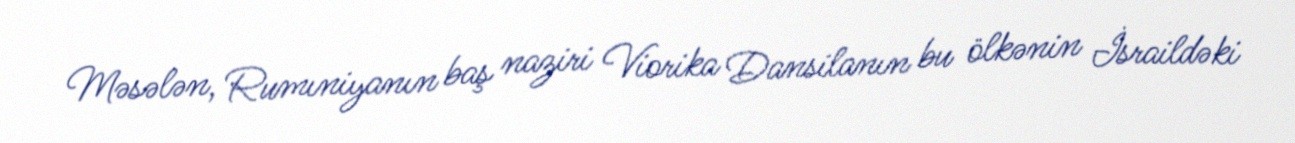
Məsələn, Rumıniyanın baş naziri Viorika Dansilanın bu ölkənin İsraildəki